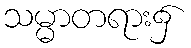
သမ္မာတရား၌